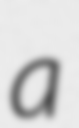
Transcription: a